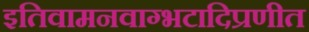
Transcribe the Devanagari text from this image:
इतिवामनवाग्भटादिप्रणीत